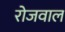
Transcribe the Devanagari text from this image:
रोजवाल